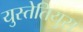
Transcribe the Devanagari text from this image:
युस्तेतियुस